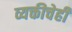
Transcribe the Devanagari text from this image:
व्यक्तीचेही